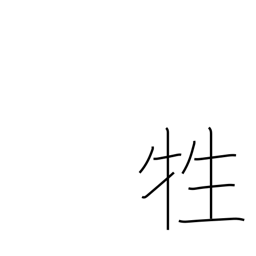
Meaning: animal sacrifice